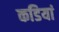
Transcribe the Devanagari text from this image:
कडियां